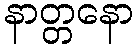
နာတ္တနော